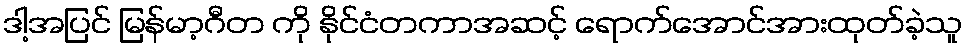
ဒါ့အပြင် မြန်မာ့ဂီတ ကို နိုင်ငံတကာအဆင့် ရောက်အောင်အားထုတ်ခဲ့သူ